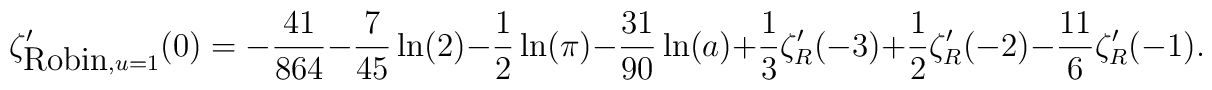
\zeta_{{\mbox {Robin}},u=1}'(0)=-{41\over 864}-{7\over 45}\ln(2)-{1\over 2}\ln(\pi)-{31\over 90}\ln(a)+{1\over 3}\zeta_{R}'(-3)+{1\over 2}\zeta_{R}'(-2)-{11\over 6}\zeta_{R}'(-1) .